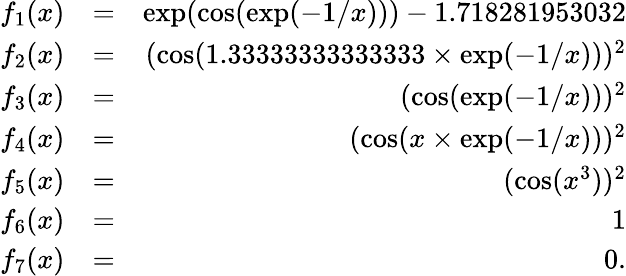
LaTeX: \begin{array}{rlr}{f_{1}(x)}&{=}&{\exp(\cos(\exp(-1/x)))-1.718281953032}\\ {f_{2}(x)}&{=}&{(\cos(1.33333333333333\times\exp(-1/x)))^{2}}\\ {f_{3}(x)}&{=}&{(\cos(\exp(-1/x)))^{2}}\\ {f_{4}(x)}&{=}&{(\cos(x\times\exp(-1/x)))^{2}}\\ {f_{5}(x)}&{=}&{(\cos(x^{3}))^{2}}\\ {f_{6}(x)}&{=}&{1}\\ {f_{7}(x)}&{=}&{0.}\end{array}